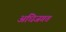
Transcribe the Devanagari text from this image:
अधिजगत